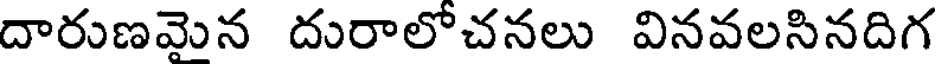
దారుణవైన దురాలోచనలు వినవలసినదిగ